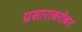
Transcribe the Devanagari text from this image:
प्रसाराबरोबर